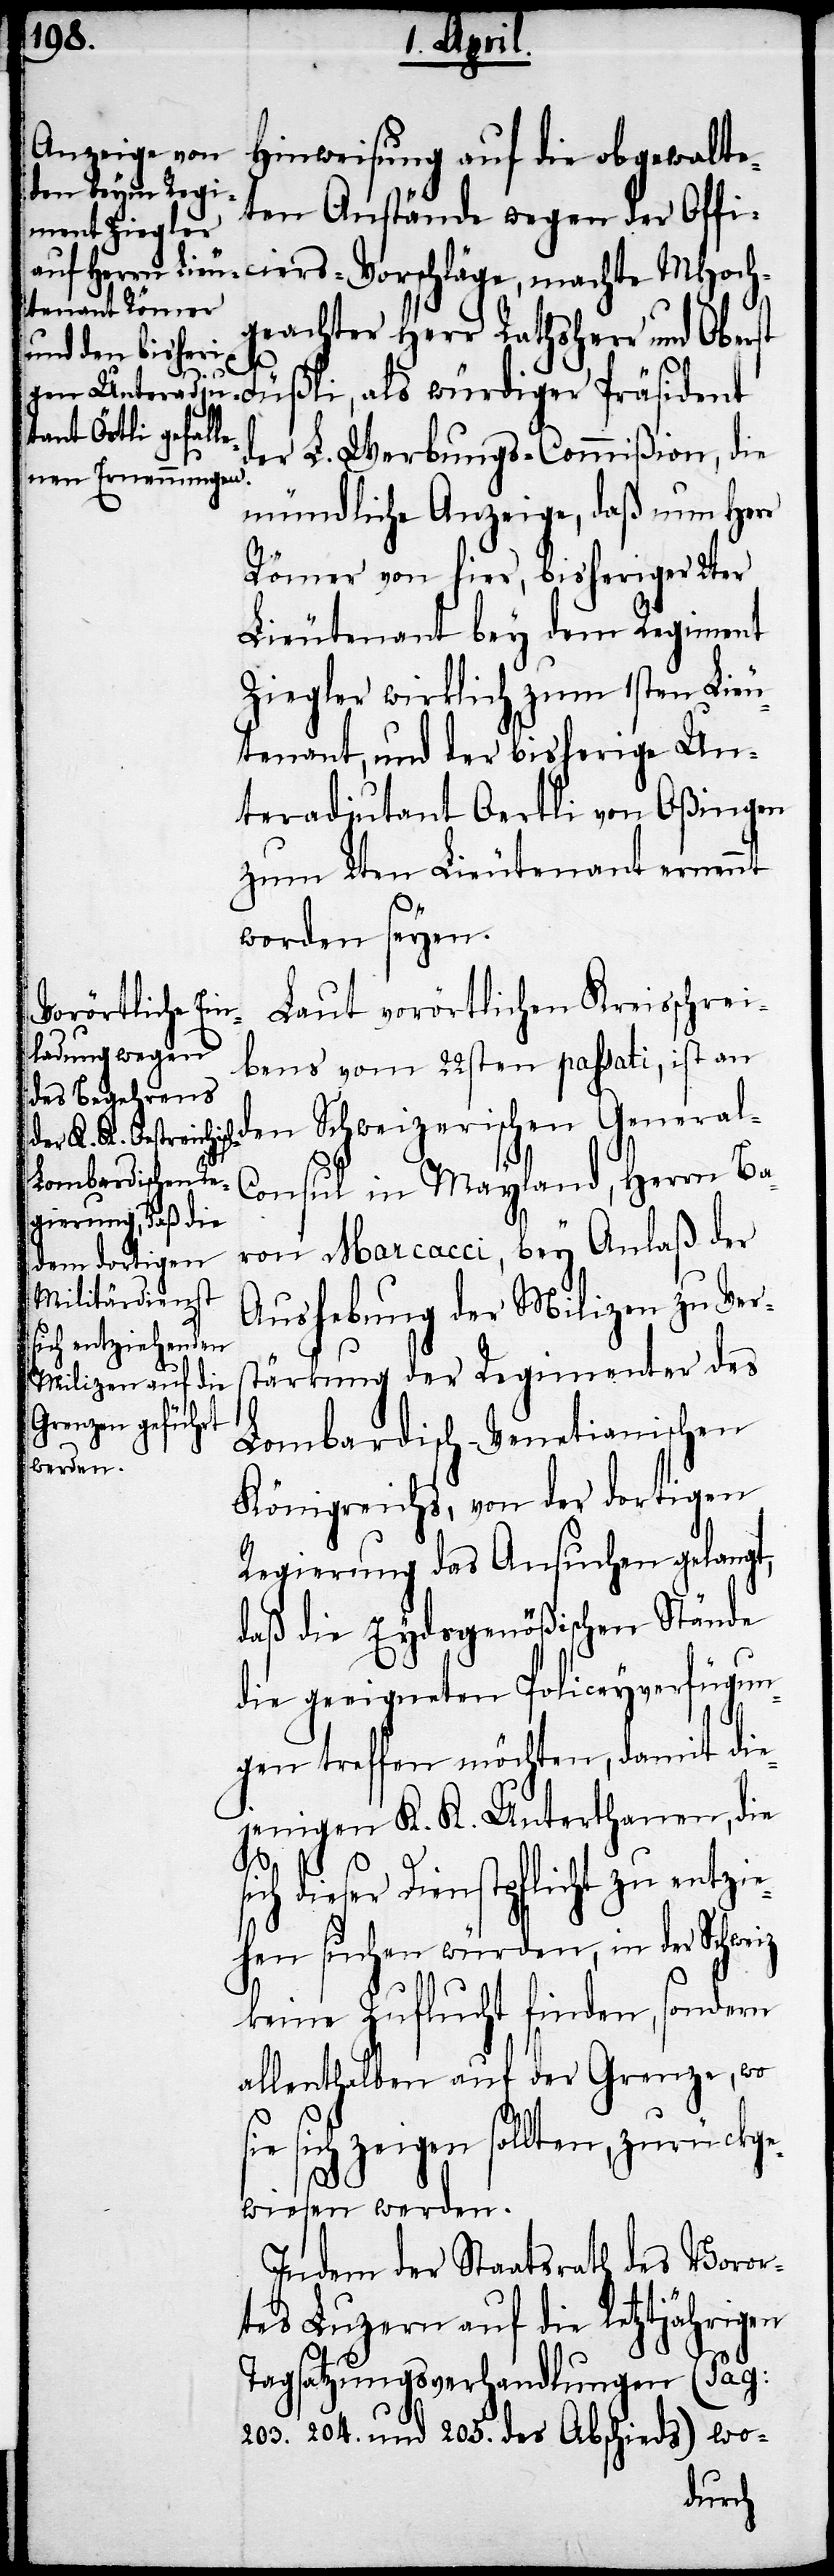
Hinweisung auf die obgewalte¬
ten Anstände wegen der Offi¬
ciers-Vorschläge, machte MHoch¬
geachter Herr Rathsherr und Oberst
Füßli, als würdiger Präsident
der L. Werbungs-Commißion, die
mündliche Anzeige, daß nun Herr
Römer von hier, bisheriger 2ter
Lieutenant bey dem Regiment
Ziegler wirklich zum 1sten Lieu¬
tenant, und der bisherige Un¬
teradjutant Oertli von Oßingen
zum 2ten Lieutenant ernennt
worden seyen.
Laut vorörtlichen Kreisschrei¬
bens vom 22ten passati, ist an
den Schweizerischen General-C¬
onsul in Mayland, Herrn Ba¬
ron Marcacci, bey Anlaß der
Aushebung der Milizen zu Vers¬
tärkung der Regimenter des
Lombardisch-Venetianischen
Königreichs, von der dortigen
Regierung das Ansuchen gelangt,
daß die Eydsgenößischen Stände
die geeigneten Policeyverfügun¬
gen treffen möchten, damit die¬
jenigen K. K. Unterthanen, die
ch dieser Dienstpflicht zu entzi¬
ehen suchen würden, in der Schweiz
keine Zuflucht finden, sondern
allenthalben auf der Grenze, wo s¬
ie sich zeigen sollten, zurückge¬
wiesen werden.
Indem der Staatsrath des Voror¬
tes Luzern auf die letztjährigen
Tagsatzungsverhandlungen (Pag:
203.
[,] 204. und 205. des Abschieds)